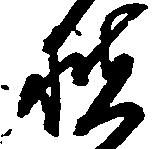
扶